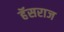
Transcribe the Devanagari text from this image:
हॅसराज